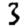
Digit: 3